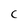
Character: c